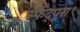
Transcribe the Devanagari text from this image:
स्फेद्पुरा